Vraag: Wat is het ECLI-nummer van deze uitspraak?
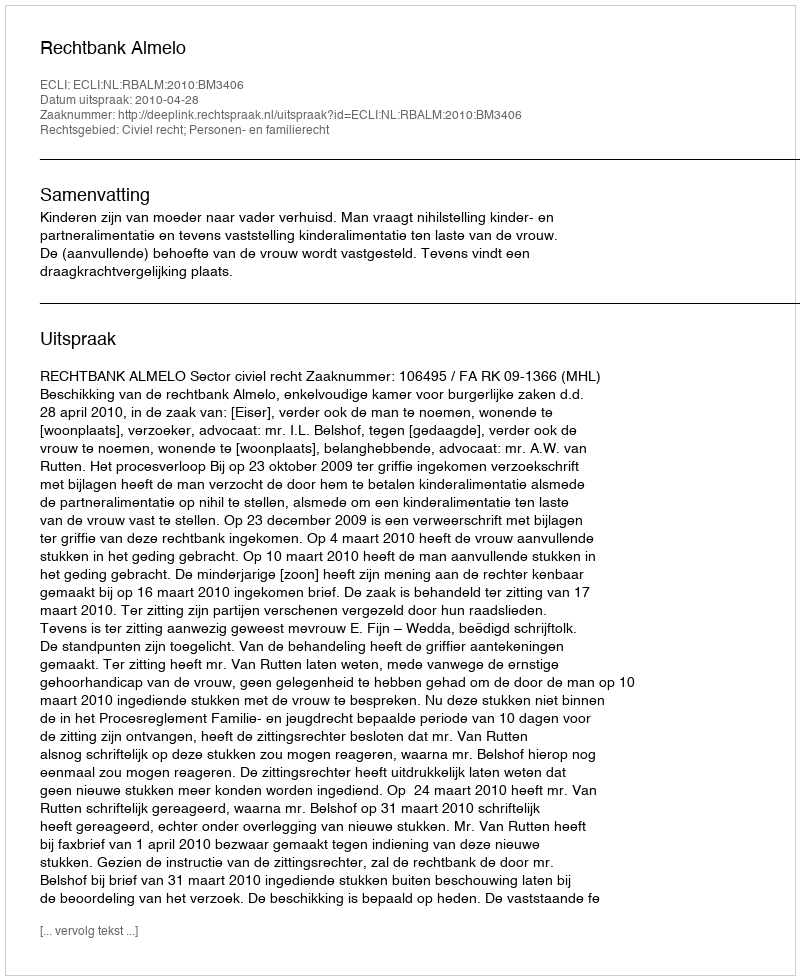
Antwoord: ECLI:NL:RBALM:2010:BM3406